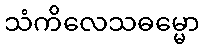
သံကိလေသဓမ္မော